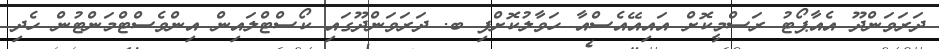
ދަރަވަންދޫ އެއާޕޯޓު ރަސްމީކޮށް އައިއޭއެސްއާ ހަވާލުކޮށްފި ބ. ދަރަވަންދޫގައި ކޯސްޓްލައިން އިންވެސްޓްމަންޓުން ހެދި